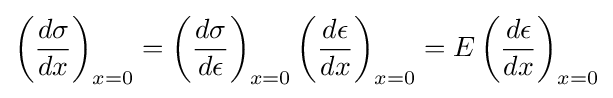
\left({\frac {d\sigma }{dx}}\right)_{x=0}=\left({\frac {d\sigma }{d\epsilon }}\right)_{x=0}\left({\frac {d\epsilon }{dx}}\right)_{x=0}=E\left({\frac {d\epsilon }{dx}}\right)_{x=0}